38_143685_box7_Incident_Summaries_1-100
Agency: Department of War
Page 144
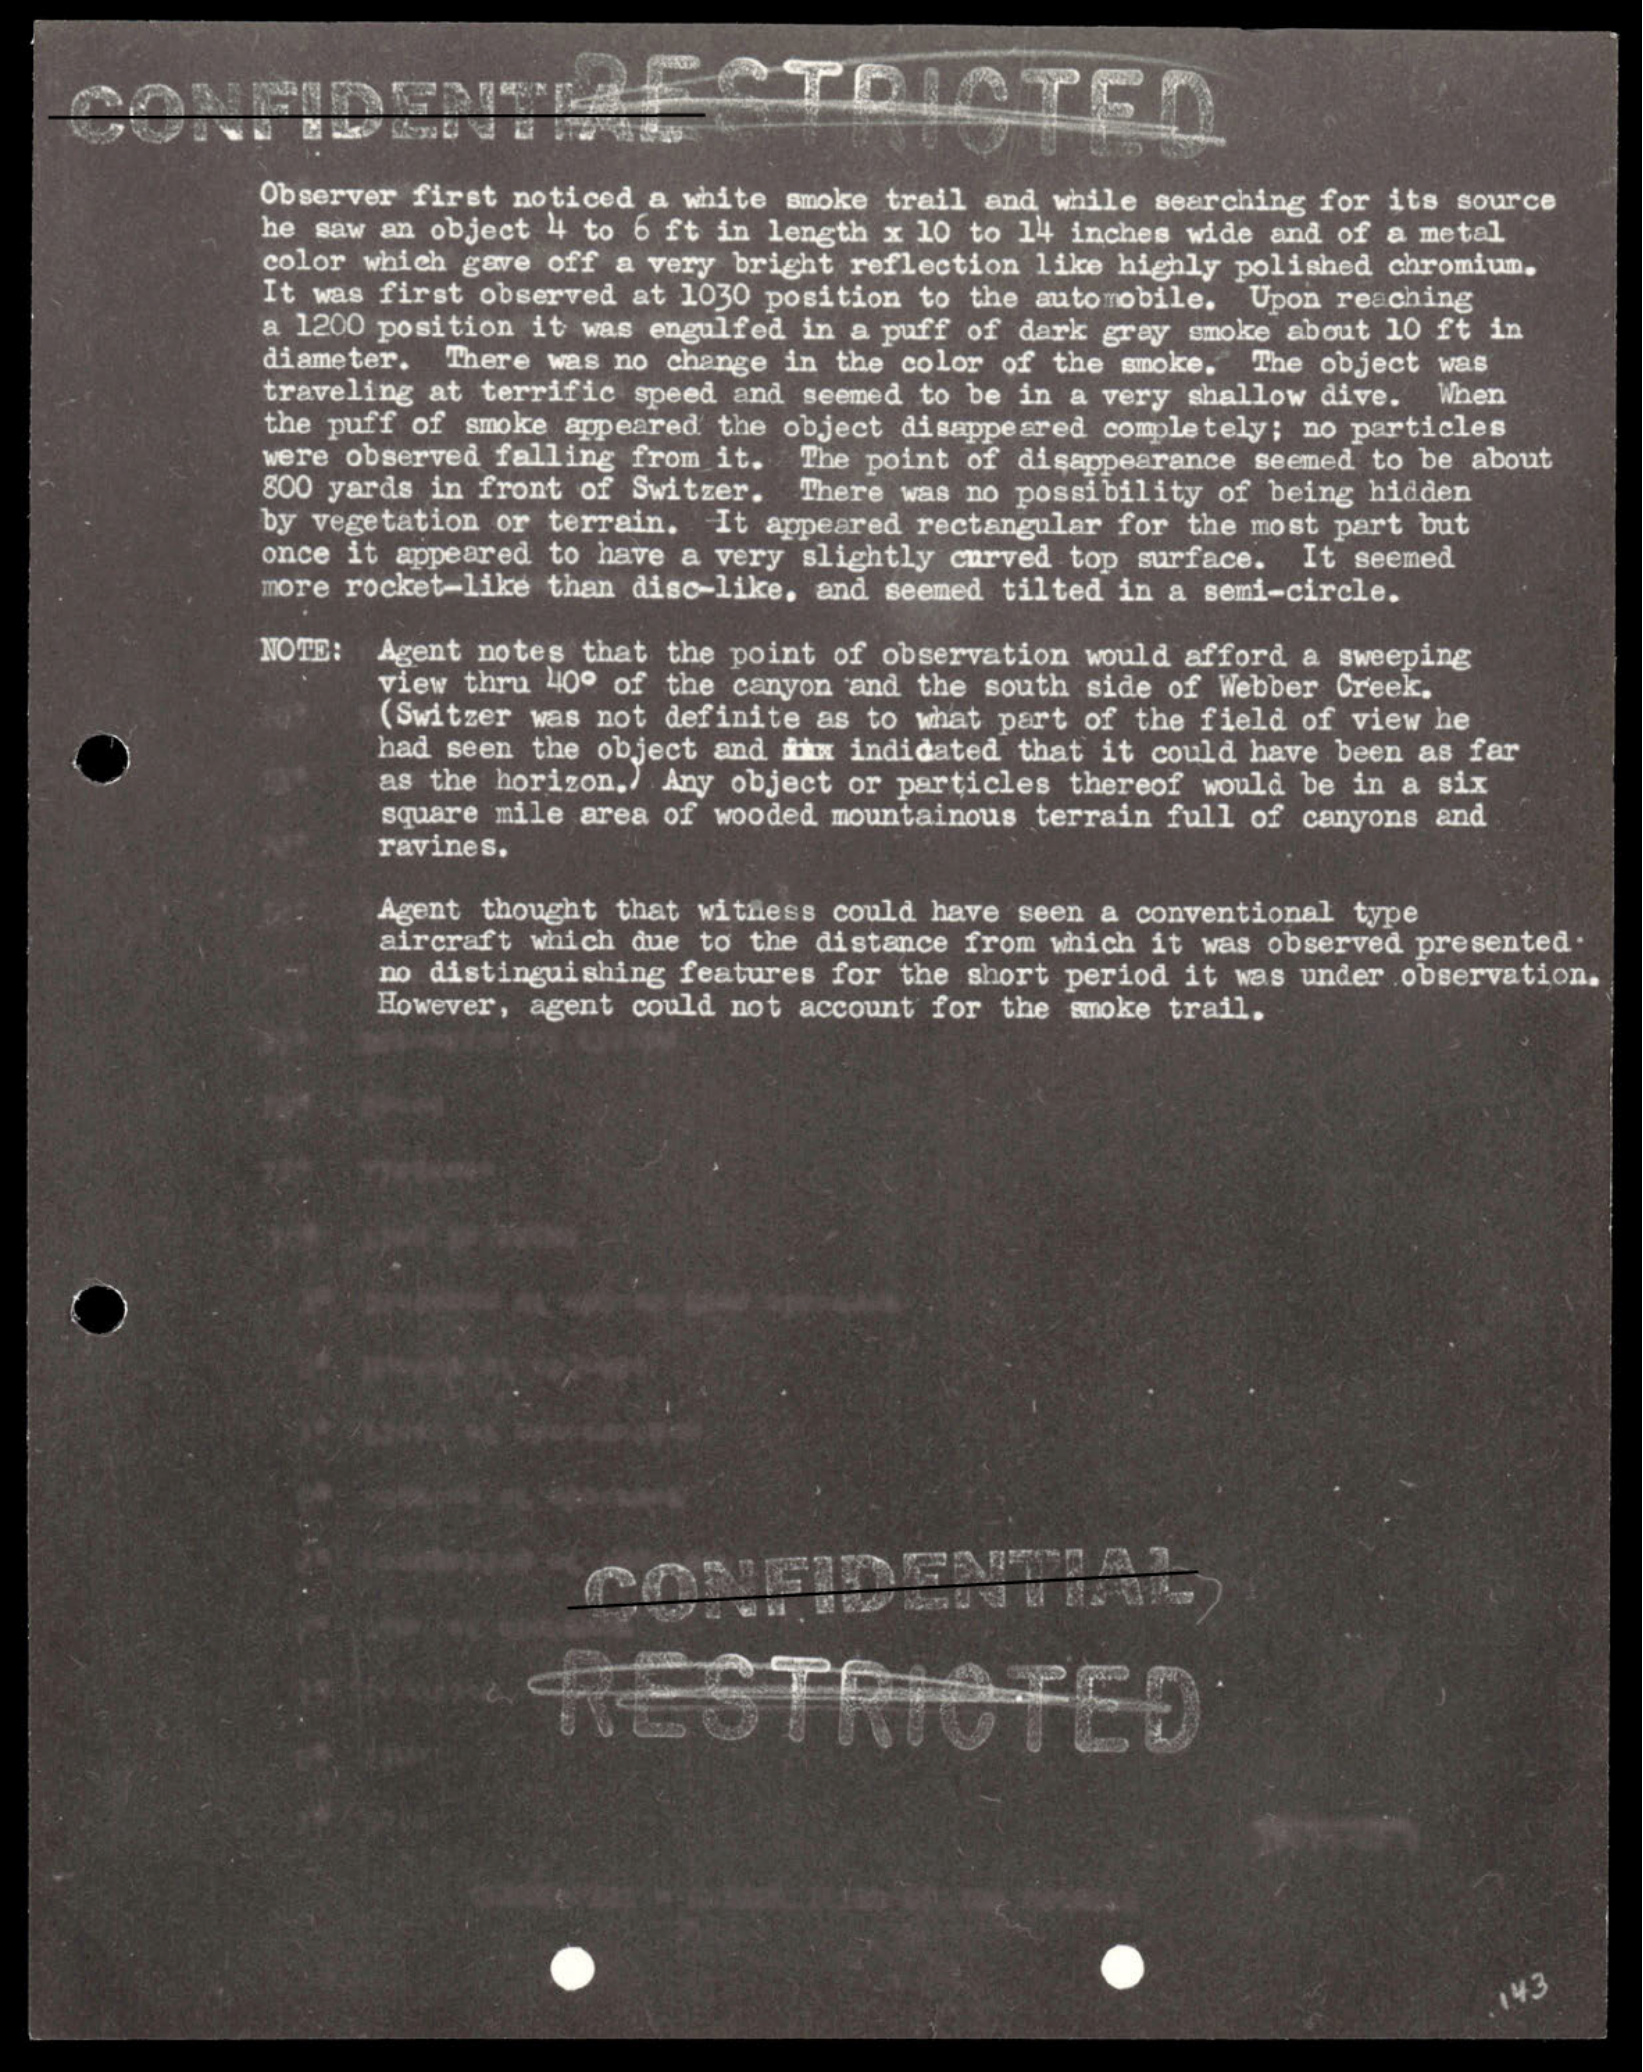